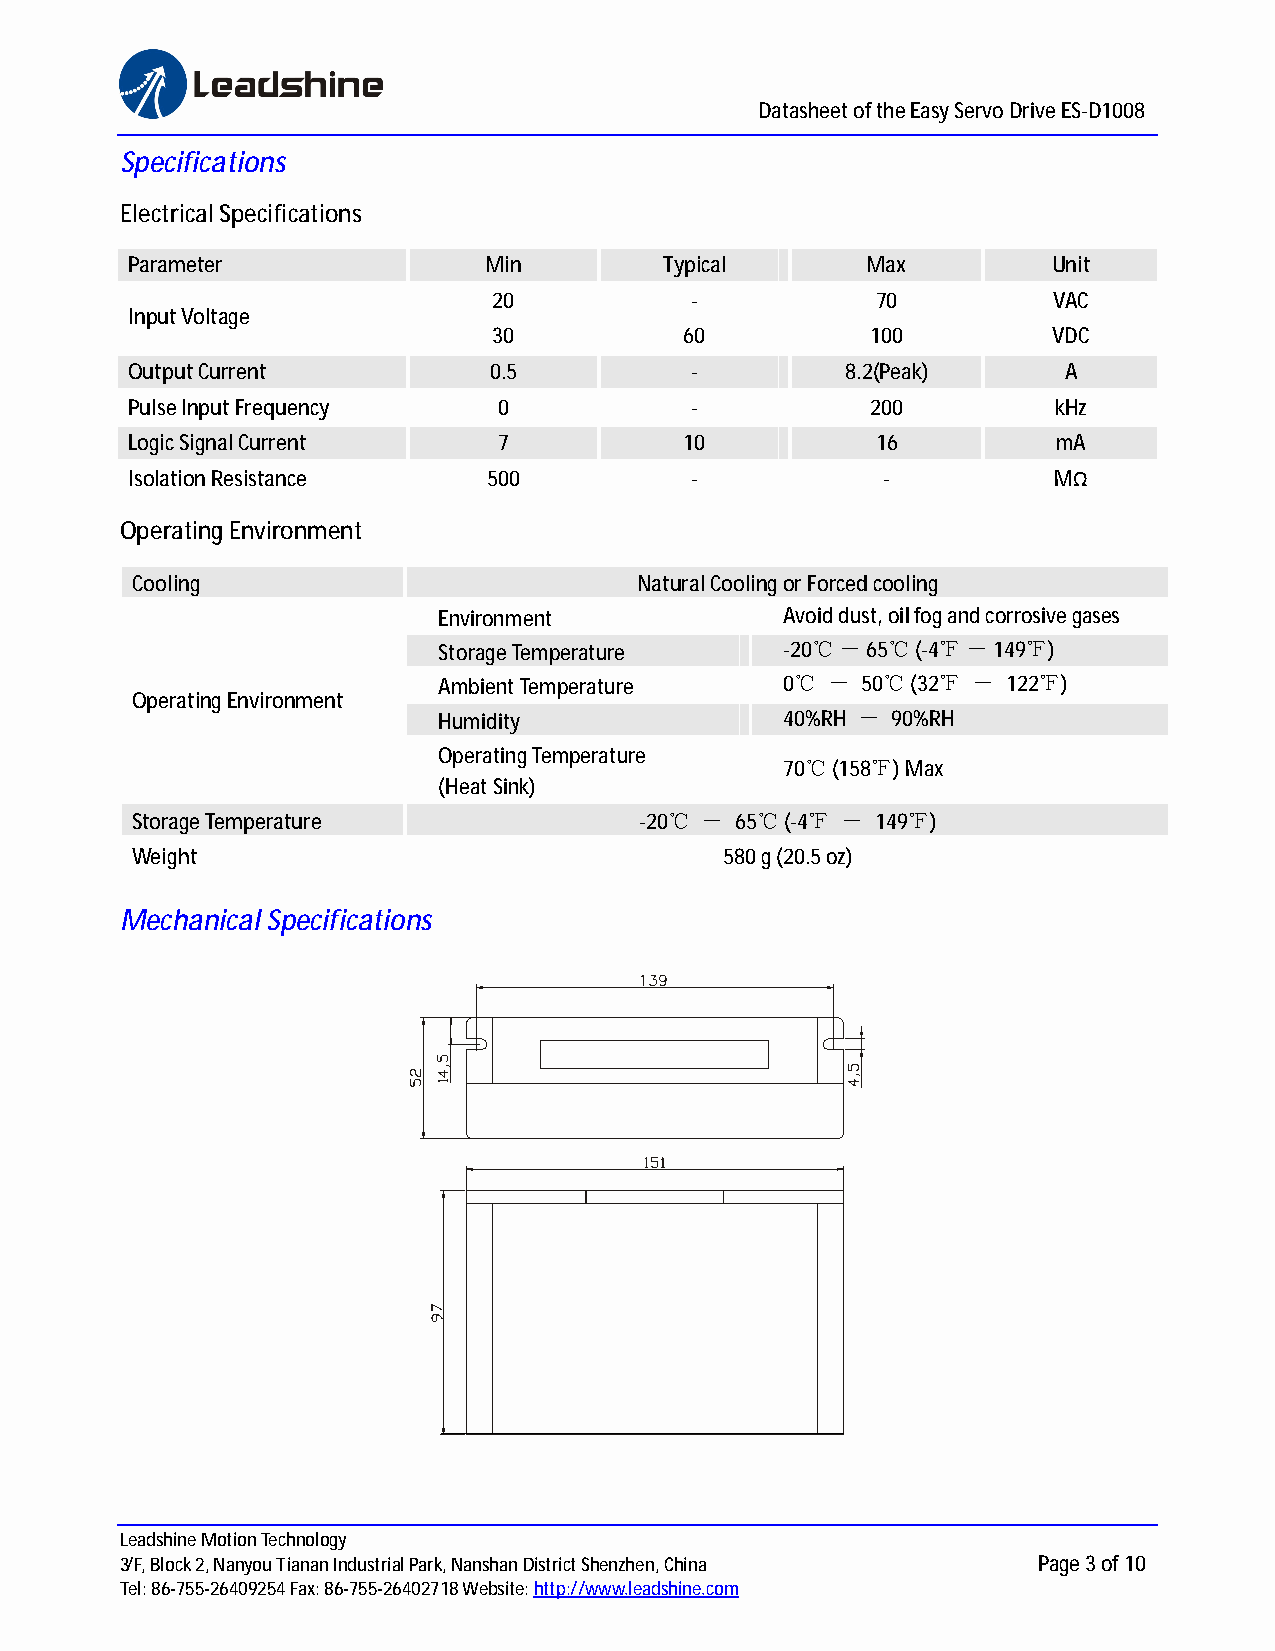
Datasheet of the Easy Servo Drive ES-D1008
 Specifications
 Electrical Specifications
 Parameter               Min         Typical      Max          Unit
 20           -           70          VAC
 Input Voltage
 30          60           100         VDC
 Output Current          0.5           -         8.2(Peak)     A
 Pulse Input Frequency    0            -           200         kHz
 Logic Signal Current     7           10           16          mA
 Isolation Resistance    500           -           -           MΩ
 Operating Environment
 Cooling                          Natural Cooling or Forced cooling
 Environment            Avoid dust, oil fog and corrosive gases
 Storage Temperature    -20℃ － 65℃ (-4℉ － 149℉)
 Ambient Temperature    0℃ － 50 ℃ (32℉ － 122 ℉)
 Operating Environment
 Humidity               40%RH － 90%RH
 Operating Temperature
 70℃ (158℉) Max
 (Heat Sink)
 Storage Temperature              -20℃ － 65 ℃ (-4℉ － 149 ℉)
 Weight                                 580 g (20.5 oz)
 Mechanical Specifications
 Leadshine Motion Technology
 3/F, Block 2, Nanyou Tianan Industrial Park, Nanshan District Shenzhen, China Page 3 of 10
 Tel: 86-755-26409254 Fax: 86-755-26402718 Website:h ttp://www.leadshine.com